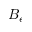
B _ { e }